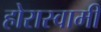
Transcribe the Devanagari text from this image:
होरास्वामीं